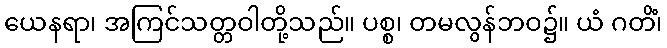
ယေနရာ၊ အကြင်သတ္တဝါတို့သည်။ ပစ္စ၊ တမလွန်ဘဝ၌။ ယံ ဂတိံ၊